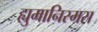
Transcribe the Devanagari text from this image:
ह्युमानिस्मस